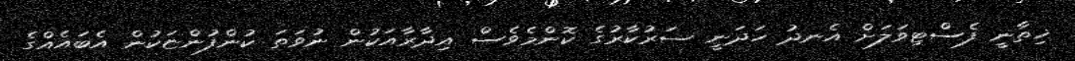
ޚިތާނީ ފެސްޓިވަލަށް އެނދު ހަދަނީ ސަރުކާރުގެ ކޮންމެވެސް އިދާރާއަކުން ނުވަތަ ކުންފުންޏަކުން އެބައެއްގެ